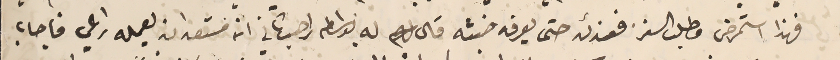
فهذا استمرض وطلب السفر فعندئد حتى يعرفه خبثه قال له بواسطه راهب ثاني انه مستعد ان يعمله راعي فاجاب